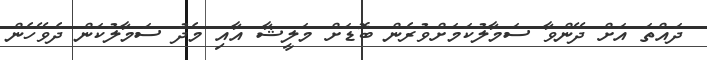
ދައްތަ އަށް ދޭންވާ ސަމާލުކަމަށްވުރެން ބޮޑަށް މަލީޝާ އާއި މެދު ސަމާލުކަން ދެވޭހެން